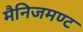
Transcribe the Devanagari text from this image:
मैनिजमण्ट